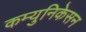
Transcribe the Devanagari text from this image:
कम्युनिकेसन